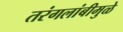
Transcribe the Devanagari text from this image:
तरंगलांबीमुळे